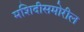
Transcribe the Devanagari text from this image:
मशिदीसमोरील